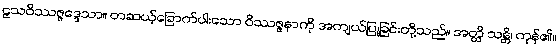
ဠသဝိဿဇ္ဇဒ္ဒေသာ။ တဆယ့်ခြောက်ပါးသော ဝိဿဇ္ဇနာကို အကျယ်ပြုခြင်းတို့သည်။ အတ္ထိ သန္တိ၊ ကုန်၏။